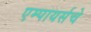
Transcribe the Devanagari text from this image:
एम्पायर्सचे